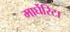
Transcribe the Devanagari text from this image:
मार्घेरिटा